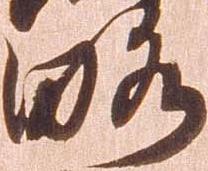
略